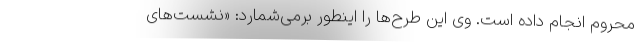
محروم انجام داده است. وی این طرح‌ها را اینطور برمی‌شمارد: «نشست‌های